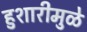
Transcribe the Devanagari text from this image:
हुशारीमुळे